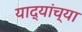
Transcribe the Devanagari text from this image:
याद्यांच्या